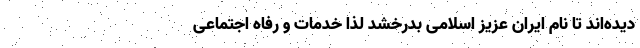
دیده‌اند تا نام ایران عزیز اسلامی بدرخشد لذا خدمات و رفاه اجتماعی